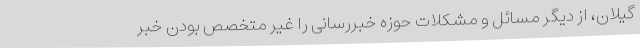
گیلان، از دیگر مسائل و مشکلات حوزه خبررسانی را غیر متخصص بودن خبر